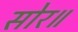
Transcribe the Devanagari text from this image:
सोर॥